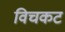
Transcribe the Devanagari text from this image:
विचकट